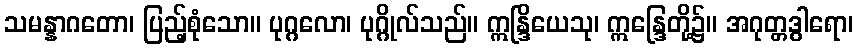
သမန္နာဂတော၊ ပြည့်စုံသော။ ပုဂ္ဂလော၊ ပုဂ္ဂိုလ်သည်။ ဣန္ဒြိယေသု၊ ဣန္ဒြေတို့၌။ အဂုတ္တဒွါရော၊